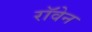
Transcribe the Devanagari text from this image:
रॉवेन